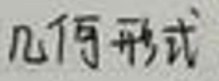
几何形式